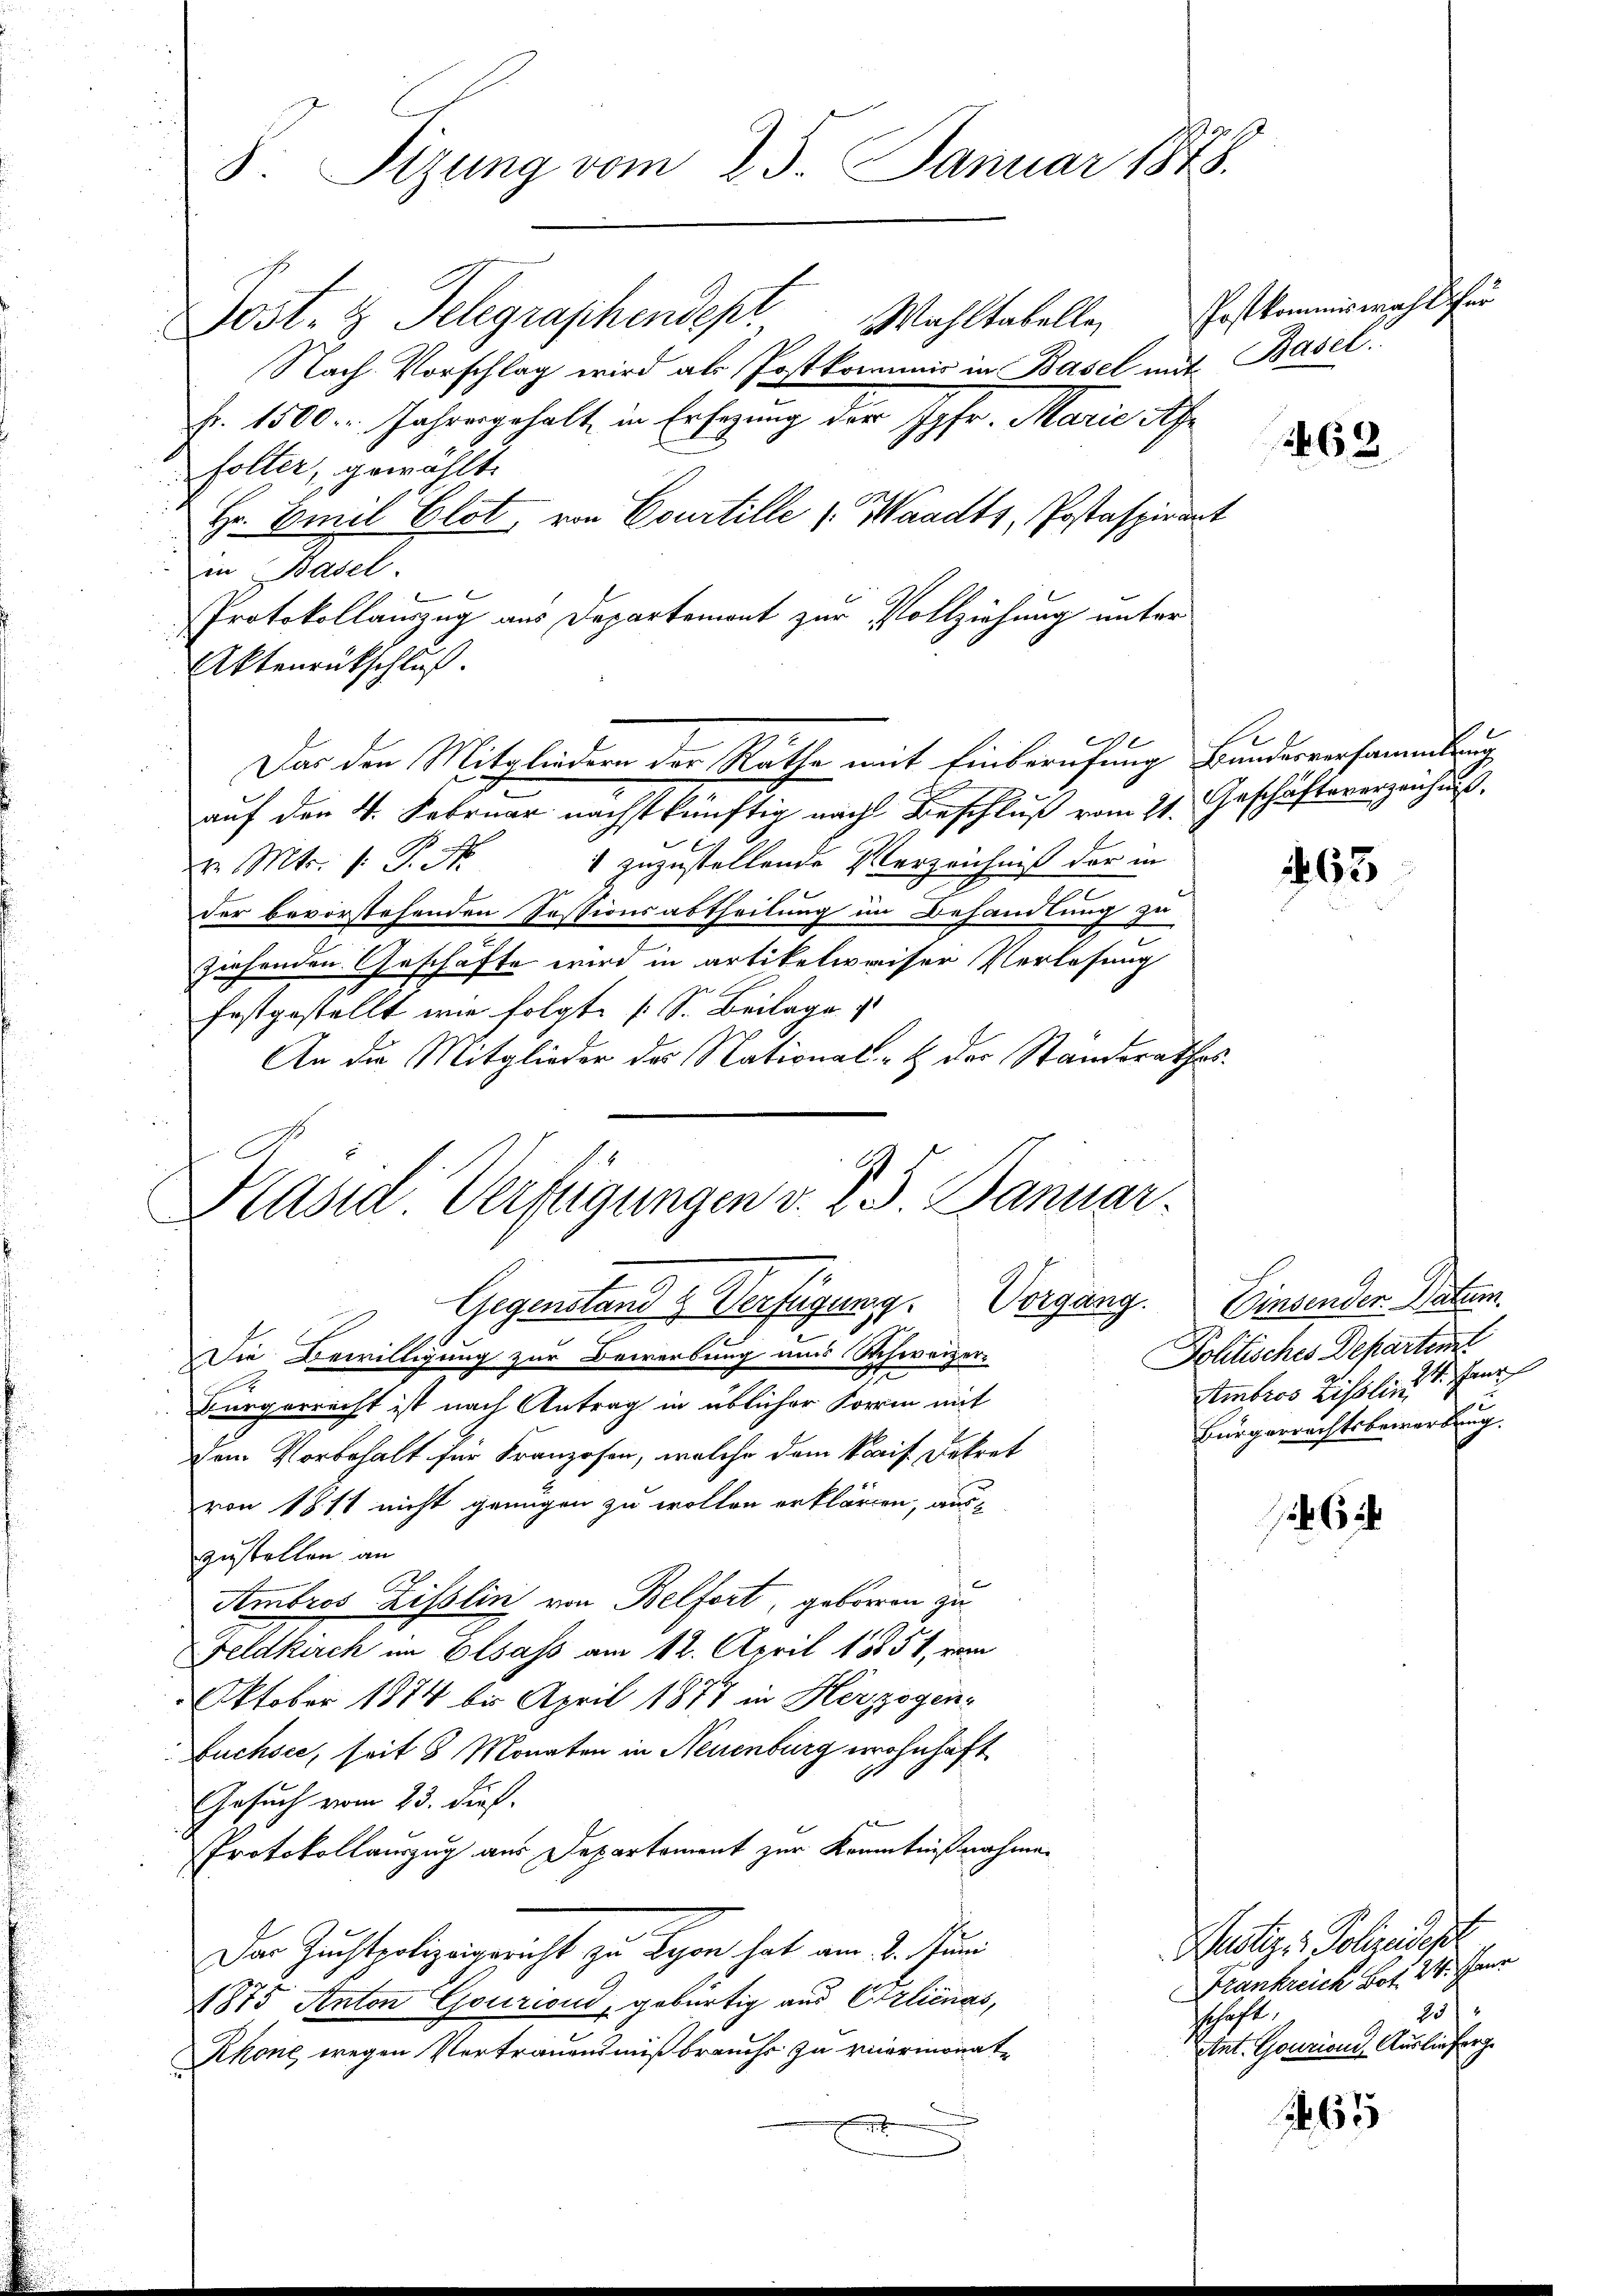
Post- & Telegraphendept, Wahltabelle Erstkommiswahl für
Nach Vorschlag wird als Postkommis in Basel mit Basel
fr. 1500. Jahresgehalt in Ersezung der Jgfr. Marie Af
söller, gewählt.
Hr. Emil Glot, von Courtille (Waadt, Postaspirant
in Basel.

Protokollauszug aus Departemont zur Vollziehung unter
Aktenrückschluß.
auf den 4. Februar nächstkünftig nach Beschluß vom 21. Geschäftsverzeichnis.
v Mtr. P.P. Nr. 1 zuzustellende Verzeichniß der in
der bevorstehenden Sessionsabtheilung im Behandlung zu
x
ziehenden Geschäfte wird in artikelweiser Verlosung
festgestellt wie folgte (S. Beilage
An die Mitglieder des National- & der Standerathes
Präsid Verfügungen v. J. J. Januar.
Gegenstand & Verfügung. Vorgang. Einsenden Datum.
Die Bewilligung zur Bewerbung uns Schweizer¬
Bürgerrecht ist nach Antrag in üblicher Form mit
dem Vorbehalt für Franzosen, welche dem kais. Dekret
von 1811 nicht genügen zu wollen erklärten, auszustellen an
C.
Ambros Zisslin von Belfort, geboren zu
Feldkirch im Elsass am 12. April 18851, vom
Oktober 1874 bis April 1877 in Herzogen-
Buchsee, seit 8 Monaten in Neuenburg wohnhaft
Gesuch vom 23. dieß.
x
Protokollauszug aus Departement zur Kenntnißnahme
Der Zuchterlizeigericht zu Lyon hat am 2. Juni
1875 Anton Gouriend, gebürtig aus Erlicnas,
Rhone wegen Vertrauensmißbrauchs zu viermonate
.

sal
8. Sizung vom 25. Januar 1848.

e
Das den Mitgliedern der Rathe mit Einberufung Bundesversammlung

l

462

65

6 2

65

Politisches Departent
Stmmbros Zisslin 1. Janr
x
Bürgerrechtsbewordung.

Rustiz- & Polizeisest
Frankreich Bot 24. Janr
20
sschaft.
Ant. Gourions Auslieferg